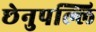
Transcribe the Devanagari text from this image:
छेनुपल्लि